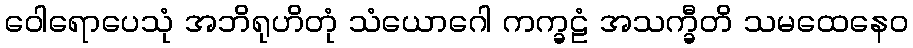
ဝေါရောပေသုံ အဘိရုဟိတုံ သံယောဂေါ ကက္ခဠံ အသက္ခီတိ သမထေနေဝ